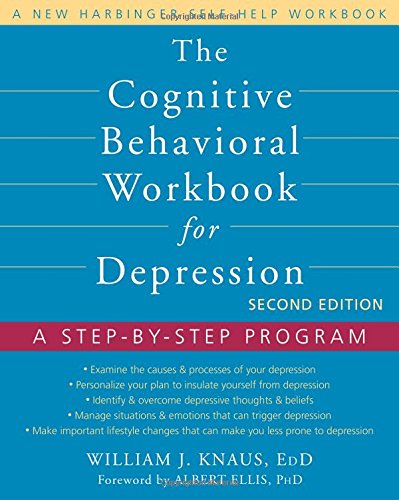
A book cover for The Cognitive Behavioral Workbook for Depression: A Step-by-Step Program; Dr. William J Knaus EdD; Health, Fitness & Dieting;